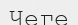
Чеге